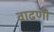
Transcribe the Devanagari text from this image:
वाढणी